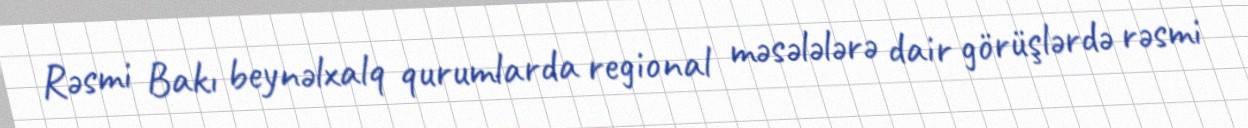
Rəsmi Bakı beynəlxalq qurumlarda regional məsələlərə dair görüşlərdə rəsmi